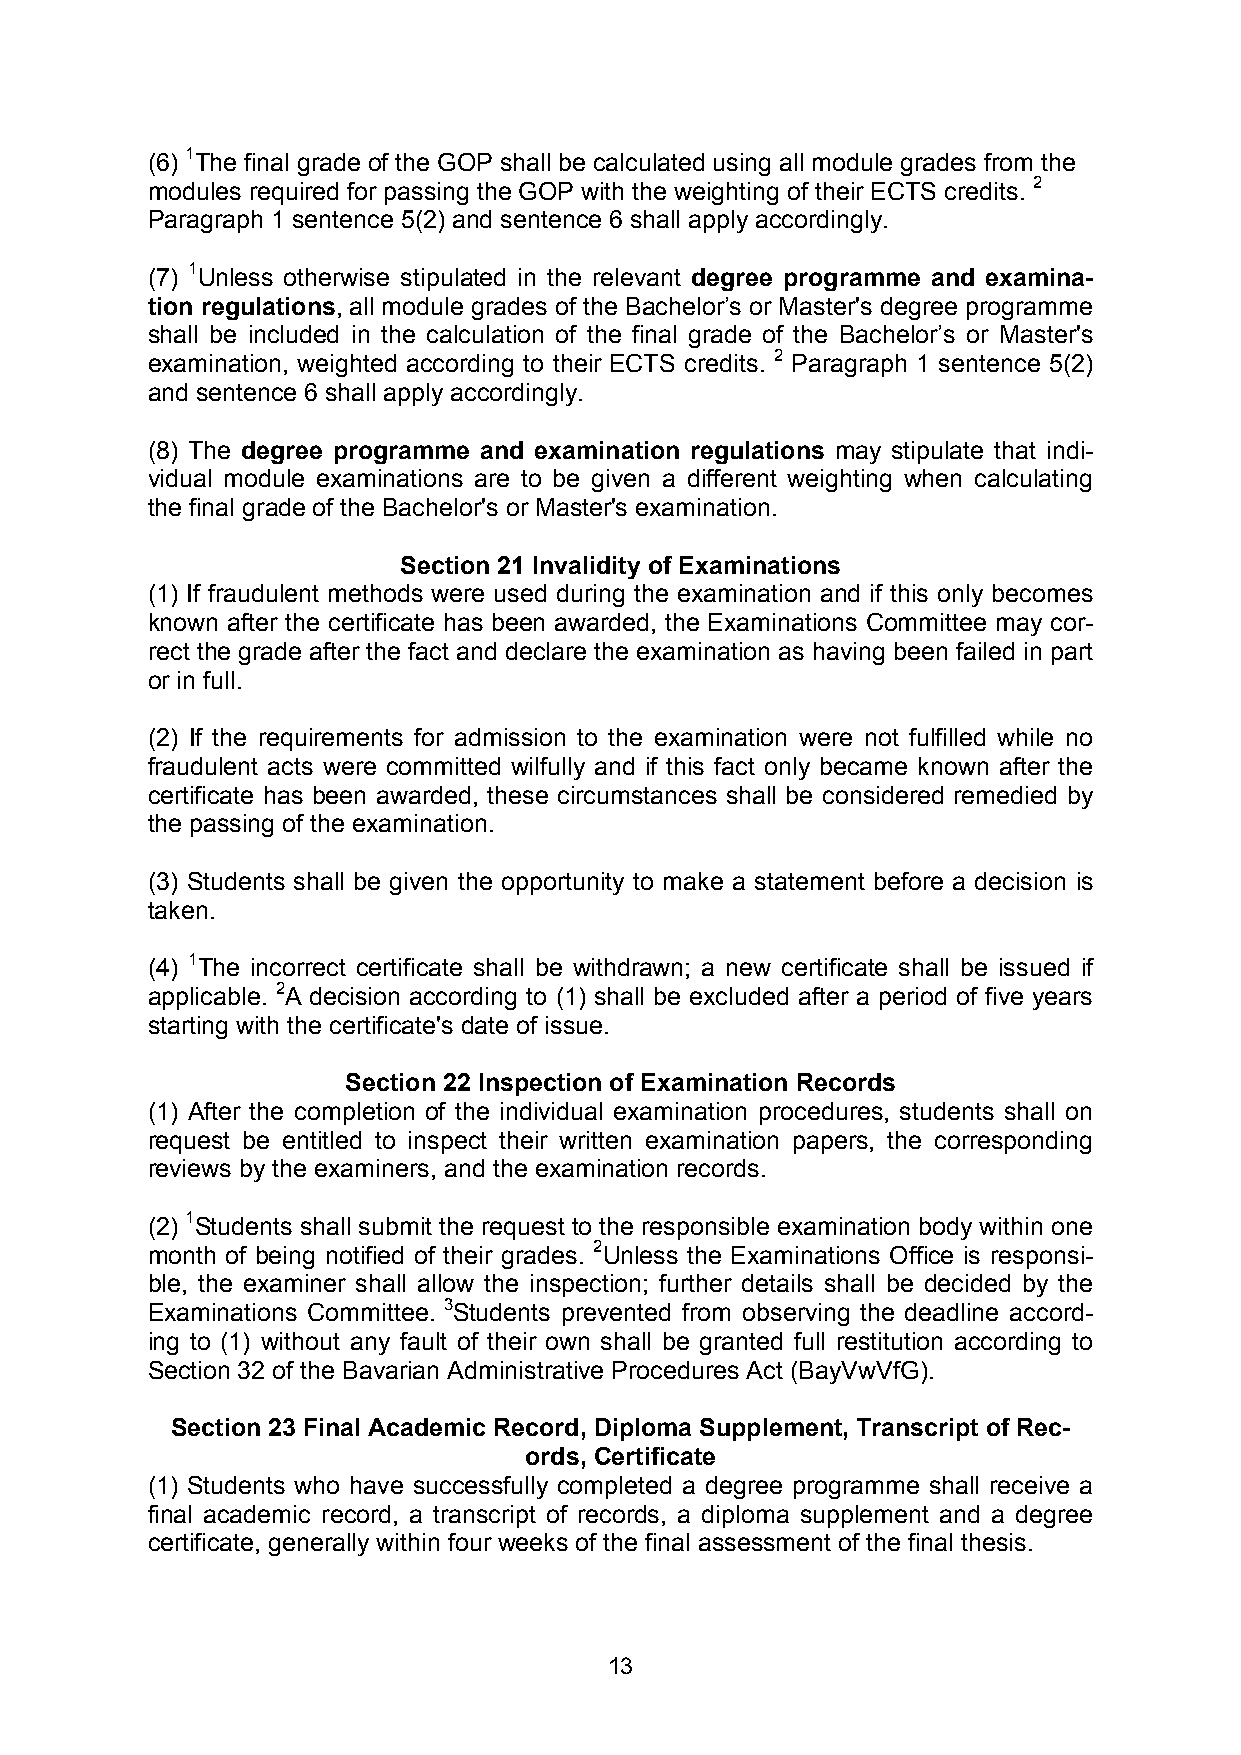
(6) 1The final grade of the GOP shall be calculated using all module grades from the
 modules required for passing the GOP with the weighting of their ECTS credits. 2
 Paragraph 1 sentence 5(2) and sentence 6 shall apply accordingly.
 (7) 1Unless otherwise stipulated in the relevant degree programme and examina-
 tion regulations, all module grades of the Bachelor’s or Master's degree programme
 shall be included in the calculation of the final grade of the Bachelor’s or Master's
 examination, weighted according to their ECTS credits. 2 Paragraph 1 sentence 5(2)
 and sentence 6 shall apply accordingly.
 (8) The degree programme and examination regulations may stipulate that indi-
 vidual module examinations are to be given a different weighting when calculating
 the final grade of the Bachelor's or Master's examination.
 Section 21 Invalidity of Examinations
 (1) If fraudulent methods were used during the examination and if this only becomes
 known after the certificate has been awarded, the Examinations Committee may cor-
 rect the grade after the fact and declare the examination as having been failed in part
 or in full.
 (2) If the requirements for admission to the examination were not fulfilled while no
 fraudulent acts were committed wilfully and if this fact only became known after the
 certificate has been awarded, these circumstances shall be considered remedied by
 the passing of the examination.
 (3) Students shall be given the opportunity to make a statement before a decision is
 taken.
 (4) 1The incorrect certificate shall be withdrawn; a new certificate shall be issued if
 applicable. 2A decision according to (1) shall be excluded after a period of five years
 starting with the certificate's date of issue.
 Section 22 Inspection of Examination Records
 (1) After the completion of the individual examination procedures, students shall on
 request be entitled to inspect their written examination papers, the corresponding
 reviews by the examiners, and the examination records.
 (2) 1Students shall submit the request to the responsible examination body within one
 month of being notified of their grades. 2Unless the Examinations Office is responsi-
 ble, the examiner shall allow the inspection; further details shall be decided by the
 Examinations Committee. 3Students prevented from observing the deadline accord-
 ing to (1) without any fault of their own shall be granted full restitution according to
 Section 32 of the Bavarian Administrative Procedures Act (BayVwVfG).
 Section 23 Final Academic Record, Diploma Supplement, Transcript of Rec-
 ords, Certificate
 (1) Students who have successfully completed a degree programme shall receive a
 final academic record, a transcript of records, a diploma supplement and a degree
 certificate, generally within four weeks of the final assessment of the final thesis.
 13